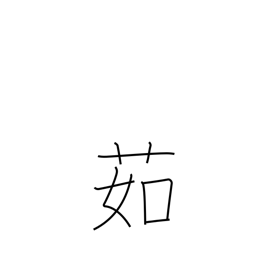
Meaning: boil